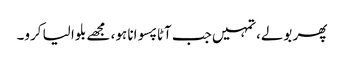
پھر بولے،تمہیں جب آٹا پسوانا ہو، مجھے بلوا لیا کرو۔